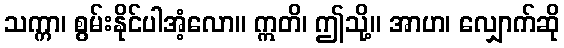
သက္ကာ၊ စွမ်းနိုင်ပါအံ့လော။ ဣတိ၊ ဤသို့။ အာဟ၊ လျှောက်ဆို